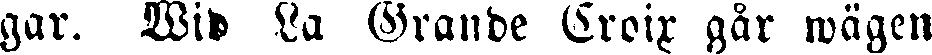
gar. Wid La Grande Croix går wägen